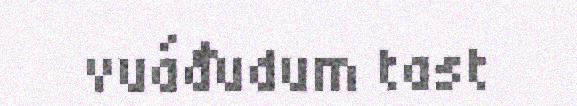
vuáđudum tast